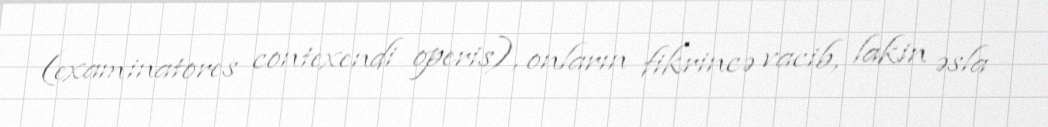
(examinatores contexendi operis), onların fikrincə vacib, lakin əsla